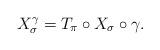
LaTeX: \begin{align*} X_{\sigma}^{\gamma}=T_{\pi}\circ X_{\sigma}\circ \gamma.\end{align*}